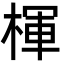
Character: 楎